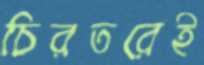
চিরতরেই